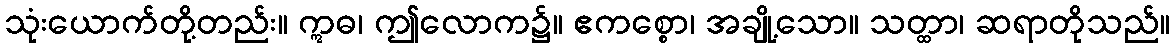
သုံးယောက်တို့တည်း။ ဣဓ၊ ဤလောက၌။ ဧကစ္စော၊ အချို့သော။ သတ္ထာ၊ ဆရာတိုသည်။